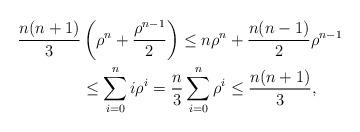
LaTeX: \begin{align*} \frac{n(n+1)}{3}&\left(\rho^n +\frac{\rho^{n-1}}{2}\right) \leq n\rho^n + \frac{n(n-1)}{2}\rho^{n-1} \\ &\leq \sum_{i=0}^{n}i\rho^i =\frac{n}{3}\sum_{i=0}^{n}\rho^i \leq \frac{n(n+1)}{3}, \end{align*}